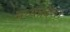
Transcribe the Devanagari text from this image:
मध्‍यप्रदेश।